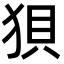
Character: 狽